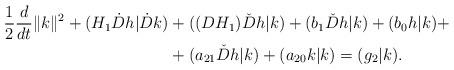
LaTeX: \begin{align*}\frac{1}{2}\frac{d}{dt}\|k\|^2+(H_1\dot{D}h|\dot{D}k)&+((DH_1)\check{D}h|k)+(b_1\check{D}h|k)+(b_0h|k) + \\&+(a_{21}\check{D}h|k)+(a_{20}k|k)=(g_2|k). \end{align*}